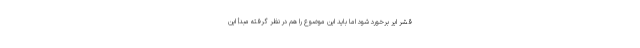
قشر ایر برخورد شود اما باید این موضوع را هم در نظر گرفته مبدأ این